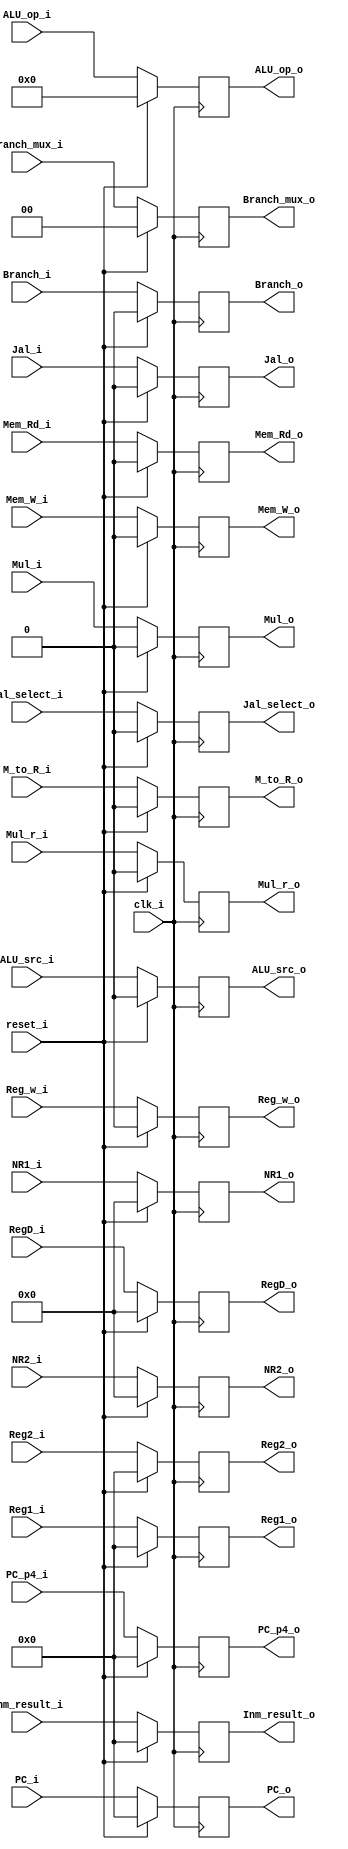
module Decode_register(
	input clk_i,
	input reset_i,

	input Mul_i,
	input Mul_r_i,
	input Reg_w_i,
	input M_to_R_i,
	input Mem_W_i,
	input Mem_Rd_i,
	input Jal_i,
	input Branch_i,
	input ALU_src_i,
	input [3:0]ALU_op_i,
	input Jal_select_i,
	input [31:0]Inm_result_i,
	input [31:0]PC_i,
	input [31:0]PC_p4_i,
	input [31:0]Reg1_i,
	input [31:0]Reg2_i,
	input [4:0]NR1_i,
	input [4:0]NR2_i,
	input [4:0]RegD_i,
	input [1:0]Branch_mux_i,
	
	output reg Mul_o,
	output reg Mul_r_o,
	output reg Reg_w_o,
	output reg M_to_R_o,
	output reg Mem_W_o,
	output reg Mem_Rd_o,
	output reg Jal_o,
	output reg Branch_o,
	output reg ALU_src_o,
	output reg [3:0]ALU_op_o,
	output reg Jal_select_o,
	output reg [31:0]Inm_result_o,
	output reg [31:0]PC_o,
	output reg [31:0]PC_p4_o,
	output reg [31:0]Reg1_o,
	output reg [31:0]Reg2_o,
	output reg [4:0]NR1_o,
	output reg [4:0]NR2_o,
	output reg [4:0]RegD_o,
	output reg [1:0]Branch_mux_o
);


always@(posedge clk_i)
	begin
		if(reset_i)
			begin
				Mul_o = 1'b0;
				Mul_r_o = 1'b0;
				Reg_w_o = 1'b0;
				M_to_R_o = 1'b0;
				Mem_W_o = 1'b0;
				Mem_Rd_o = 1'b0;
				Jal_o = 1'b0;
				Branch_o = 1'b0;
				ALU_src_o = 1'b0;
				ALU_op_o = 3'b000;
				Jal_select_o = 1'b0;
				Inm_result_o = 0;
				PC_o = 0;
				PC_p4_o = 0;
				Reg1_o = 0;
				Reg2_o = 0;
				NR1_o = 5'b00000;
				NR2_o = 5'b00000;
				RegD_o = 5'b00000;
				Branch_mux_o = 2'b00;
			end
		else
			begin
				Mul_o = Mul_i;
				Mul_r_o = Mul_r_i;
				Reg_w_o = Reg_w_i;
				M_to_R_o = M_to_R_i;
				Mem_W_o = Mem_W_i;
				Mem_Rd_o = Mem_Rd_i;
				Jal_o = Jal_i;
				Branch_o = Branch_i;
				ALU_src_o = ALU_src_i;
				ALU_op_o = ALU_op_i;
				Jal_select_o = Jal_select_i;
				Inm_result_o = Inm_result_i;
				PC_o = PC_i;
				PC_p4_o = PC_p4_i;
				Reg1_o = Reg1_i;
				Reg2_o = Reg2_i;
				NR1_o = NR1_i;
				NR2_o = NR2_i;
				RegD_o = RegD_i;
				Branch_mux_o = Branch_mux_i;
			end
	end
endmodule